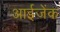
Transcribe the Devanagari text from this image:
आईजेंक